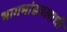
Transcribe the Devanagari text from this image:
भागभांडवलाची